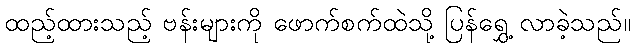
ထည့်ထားသည့် ဗန်းများကို ဖောက်စက်ထဲသို့ ပြန်ရွှေ့ လာခဲ့သည်။